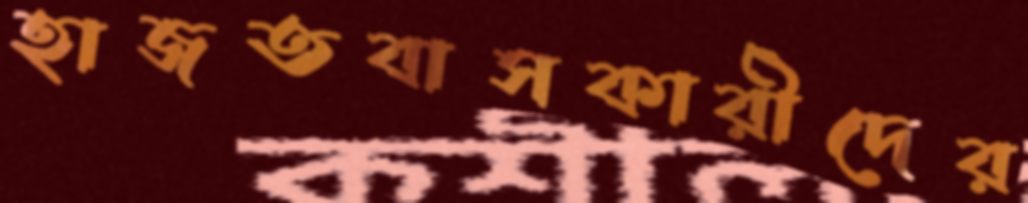
হাজতবাসকারীদের